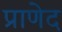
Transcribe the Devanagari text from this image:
प्राणेद